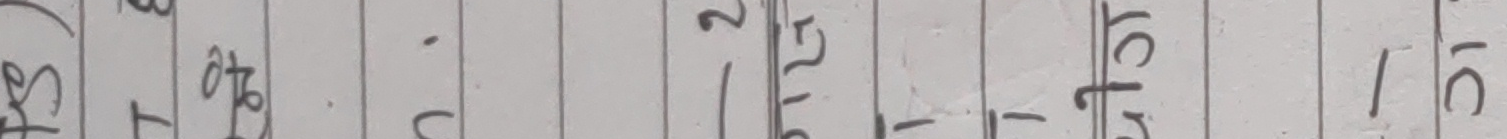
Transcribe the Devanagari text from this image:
(६)
१८०
१५ मिटर
- ५
(चित्र)
१/८